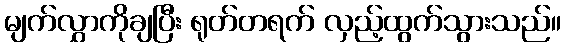
မျက်လွှာကိုချပြီး ရုတ်တရက် လှည့်ထွက်သွားသည်။